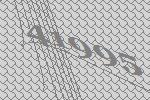
41995